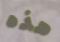
هذه